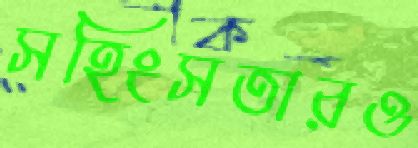
সহিংসতারও